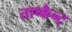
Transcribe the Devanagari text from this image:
ताष्केन्ट्